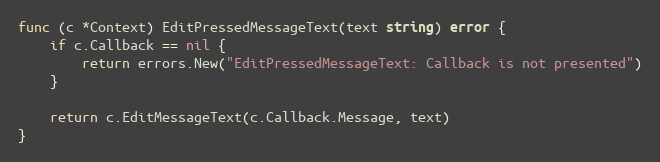
Language: Go
func (c *Context) EditPressedMessageText(text string) error {
	if c.Callback == nil {
		return errors.New("EditPressedMessageText: Callback is not presented")
	}

	return c.EditMessageText(c.Callback.Message, text)
}